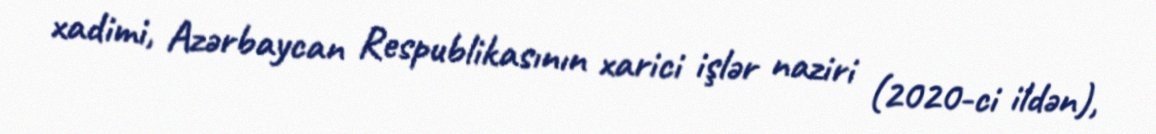
xadimi, Azərbaycan Respublikasının xarici işlər naziri (2020-ci ildən),